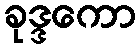
ခုဒ္ဒကော